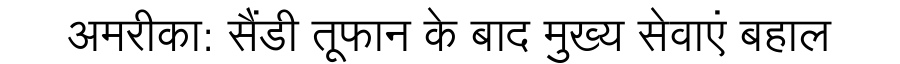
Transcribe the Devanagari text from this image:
अमरीका: सैंडी तूफान के बाद मुख्य सेवाएं बहाल